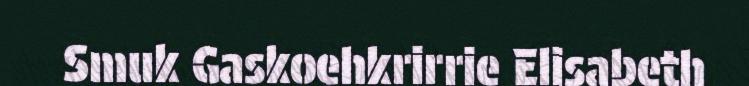
Smuk Gaskoehkrirrie Elisabeth